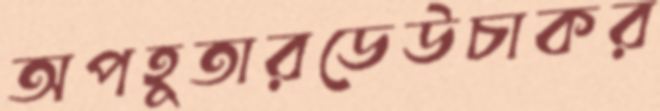
অপহূতারডেউচাকর